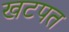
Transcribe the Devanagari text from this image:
खटपत